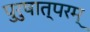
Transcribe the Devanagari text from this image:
पुरुषात्परम्